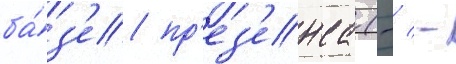
ба́з'е пр'ез'енса (-/ -